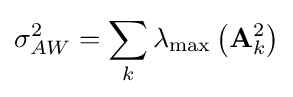
\sigma _{AW}^{2}=\sum _{k}\lambda _{\max }\left(\mathbf {A} _{k}^{2}\right)